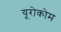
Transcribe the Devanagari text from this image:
यूरोकोम